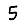
Digit: 5